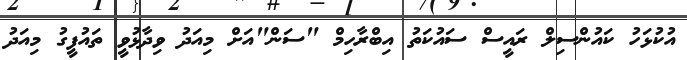
އުކުޅަހު ކައުންސިލް ރައީސް ސައުކަތު އިބްރާހިމް "ސަން"އަށް މިއަދު ވިދާޅުވީ ތައުފީގު މިއަދު